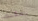
يمكنك